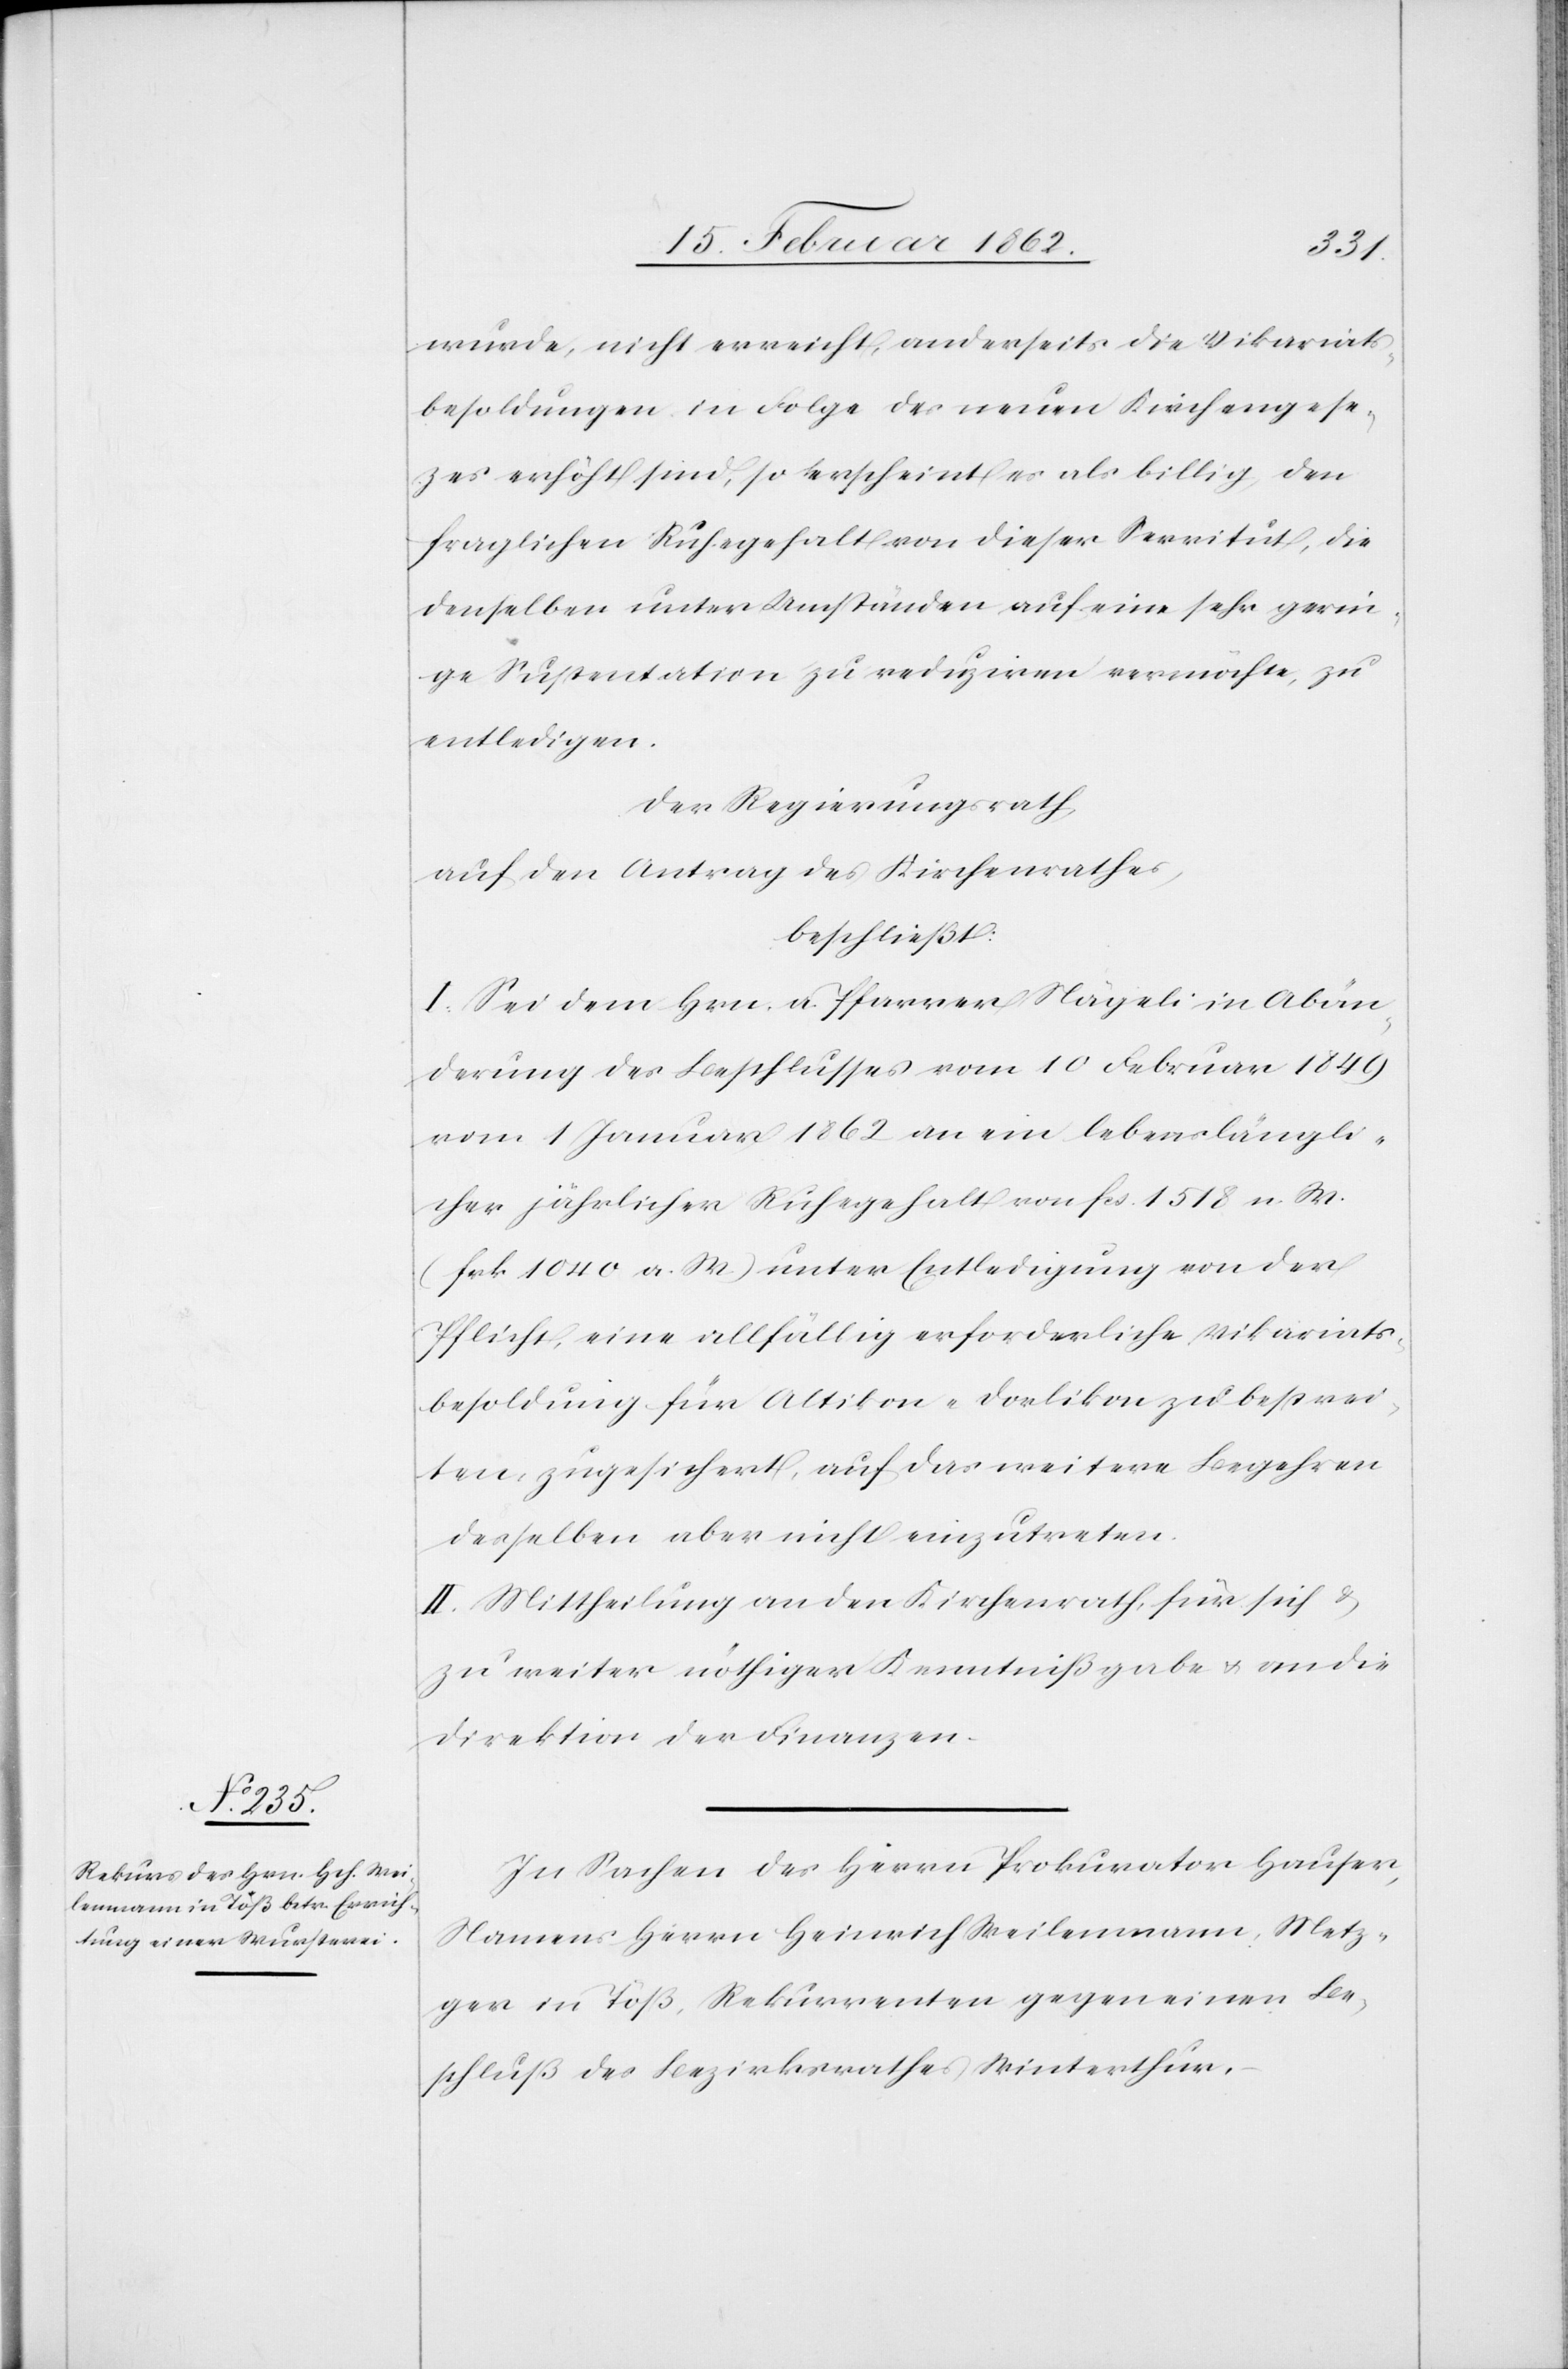
wurde, nicht erreicht, anderseits die Vikariats¬
besoldungen in Folge des neuen Kirchengeset¬
zes erhöht sind, so erscheint es als billig, den
fraglichen Ruhegehalt von dieser Servitut, die
denselben unter Umständen auf eine sehr gerin¬
ge Sustentation zu reduziren vermöchte, zu
entledigen.
Der Regierungsrath
auf den Antrag des Kirchenrathes
beschließt:
I. Sei dem Hrn. a. Pfarrer Nägeli in Abän¬
derung des Beschlusses vom 10 Februar 1849
vom 1 Januar 1862 an ein lebenslängli¬
cher jährlicher Ruhegehalt von fcs. 1518 n. W.
(frk. 1040 a. W.) unter Entledigung von der
Pflicht, eine allfällig erforderliche Vikariats¬
besoldung für Altikon-Dorlikon zu bestrei¬
ten, zugesichert, auf das weitere Begehren
desselben aber nicht einzutreten.
II. Mittheilung an den Kirchenrath, für sich &
zu weiter nöthiger Kenntnißgabe u. an die
Direktion der Finanzen.
In Sachen des Herrn Prokurator Hauser,
Namens Herrn Heinrich Weilenmann, Metz¬
ger in Töß, Rekurrenten gegen einen Be¬
schluß des Bezirksrathes Winterthur,